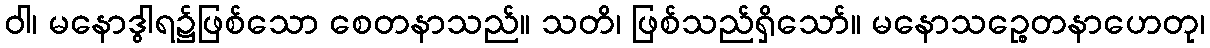
ဝါ၊ မနောဒွါရ၌ဖြစ်သော စေတနာသည်။ သတိ၊ ဖြစ်သည်ရှိသော်။ မနောသဉ္စေတနာဟေတု၊